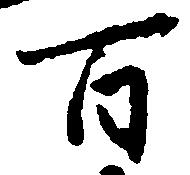
百